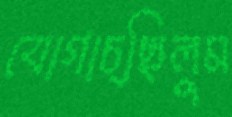
যোগাচ্ছিলুম